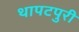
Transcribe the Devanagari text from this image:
थापटपुरी